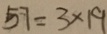
5 7 = 3 \times 1 9